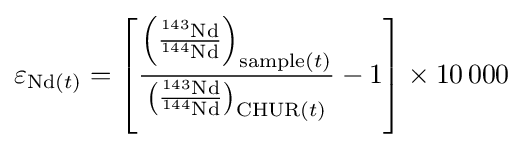
\varepsilon _{{\text{Nd}}(t)}=\left[{\frac {\left({\frac {^{143}{\text{Nd}}}{^{144}{\text{Nd}}}}\right)_{{\text{sample}}(t)}}{\left({\frac {^{143}{\text{Nd}}}{^{144}{\text{Nd}}}}\right)_{{\text{CHUR}}(t)}}}-1\right]\times 10\,000